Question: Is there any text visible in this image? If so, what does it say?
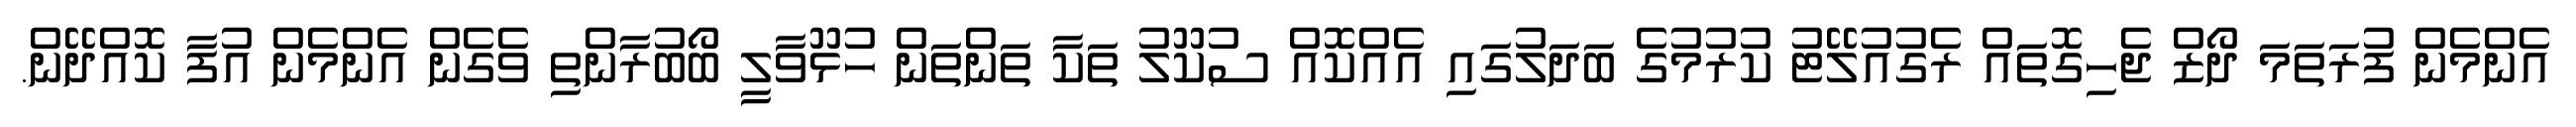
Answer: އެންމެން ފުރަތަމަ ދޯޒް ޖެހިގޮތައް ރެގުއުލޭޓު ކުރުމުގެ ބަދަލުގައި އެއްކޮއް ސުކޫލު ތަކާ ތަންތަން ހުޅޫވާލީ ބޯބުރާންތި ވެގެން އެންމެން އުފާ ކޮއްދޭން.